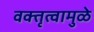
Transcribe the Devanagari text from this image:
वक्तृत्वामुळे